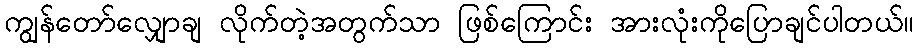
ကျွန်တော်လျှောချ လိုက်တဲ့အတွက်သာ ဖြစ်ကြောင်း အားလုံးကိုပြောချင်ပါတယ်။